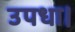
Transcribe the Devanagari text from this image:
उपधा।